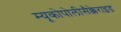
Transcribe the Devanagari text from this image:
म्यूकोपोलीसैक्केराइड